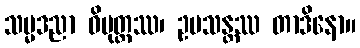
သမ္မဒညာ ဝိမုတ္တဿ၊ ဥပသန္တဿ တာဒိနော။